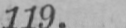
119.